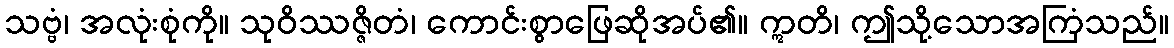
သဗ္ဗံ၊ အလုံးစုံကို။ သုဝိဿဇ္ဇိတံ၊ ကောင်းစွာဖြေဆိုအပ်၏။ ဣတိ၊ ဤသို့သောအကြံသည်။